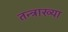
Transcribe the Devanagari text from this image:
तन्त्राख्या